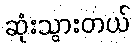
ဆုံးသွားတယ်